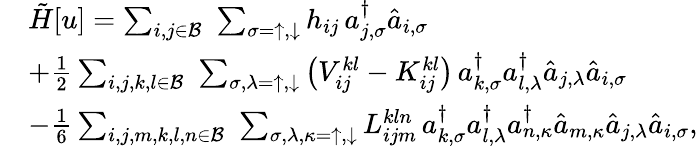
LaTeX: \begin{array}{rl}&{\tilde{H}[u]=\sum_{i,j\in\mathcal{B}}\, \, \sum_{\sigma=\uparrow,\downarrow}h_{ij}\, a_{j,\sigma}^{\dagger}\hat{a}_{i,\sigma}}\\ &{+\frac{1}{2}\sum_{i,j,k,l\in\mathcal{B}}\, \, \sum_{\sigma,\lambda=\uparrow,\downarrow}\big(V_{ij}^{kl}-{K}_{ij}^{kl}\big)\, a_{k,\sigma}^{\dagger}a_{l,\lambda}^{\dagger}\hat{a}_{j,\lambda}\hat{a}_{i,\sigma}}\\ &{-\frac{1}{6}\sum_{i,j,m,k,l,n\in\mathcal{B}}\, \, \sum_{\sigma,\lambda,\kappa=\uparrow,\downarrow}{L}_{ijm}^{kln}\, a_{k,\sigma}^{\dagger}a_{l,\lambda}^{\dagger}a_{n,\kappa}^{\dagger}\hat{a}_{m,\kappa}\hat{a}_{j,\lambda}\hat{a}_{i,\sigma},}\end{array}